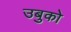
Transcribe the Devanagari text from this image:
उबुको